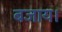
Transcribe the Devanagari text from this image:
बजाय।